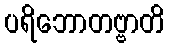
ပရိဘောတဗ္ဗာတိ